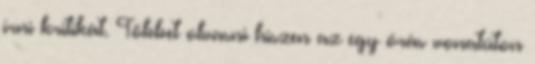
írni kritikát. Többet olvasni hiszen az egy órás vonatúton